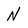
Character: N